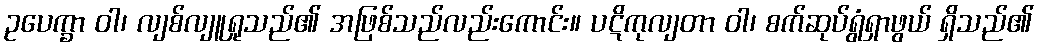
ဥပေက္ခာ ဝါ၊ လျစ်လျူရှုသည်၏ အဖြစ်သည်လည်းကောင်း။ ပဋိကုလျတာ ဝါ၊ စက်ဆုပ်ရွံရှာဖွယ် ရှိသည်၏